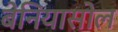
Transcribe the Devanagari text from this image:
बेनियासोल